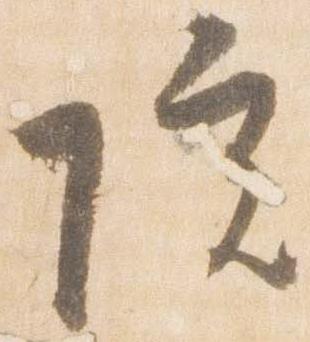
院